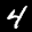
Label: 4